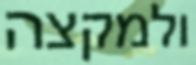
ולמקצה